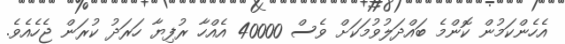
އެހެންކަމުން ކޮންމެ ބައްދަލުވުމަކަށް ވެސް 40000 އެއްހާ ރުފިޔާ ހަރަދު ކުރަން ޖެހެއެވެ.